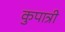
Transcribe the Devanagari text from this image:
कुपात्री